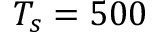
T _ { s } = 5 0 0